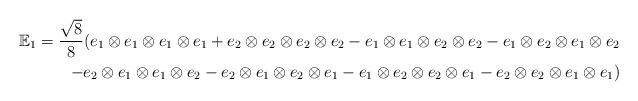
LaTeX: \begin{align*}\mathbb{E}_1=\frac{\sqrt{8}}{8}(e_1\otimes e_1\otimes e_1\otimes e_1+e_2\otimes e_2\otimes e_2\otimes e_2-e_1\otimes e_1\otimes e_2\otimes e_2-e_1\otimes e_2\otimes e_1\otimes e_2\\-e_2\otimes e_1\otimes e_1\otimes e_2-e_2\otimes e_1\otimes e_2\otimes e_1-e_1\otimes e_2\otimes e_2\otimes e_1-e_2\otimes e_2\otimes e_1\otimes e_1)\end{align*}